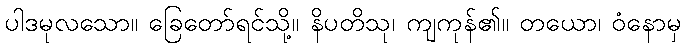
ပါဒမုလသော။ ခြေတော်ရင်သို့။ နိပတိသု၊ ကျကုန်၏။ တယော၊ ဝံနောမှ